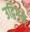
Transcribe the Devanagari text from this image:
उद्विगन्